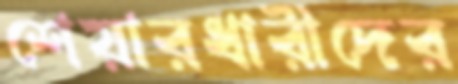
শেয়ারধারীদের